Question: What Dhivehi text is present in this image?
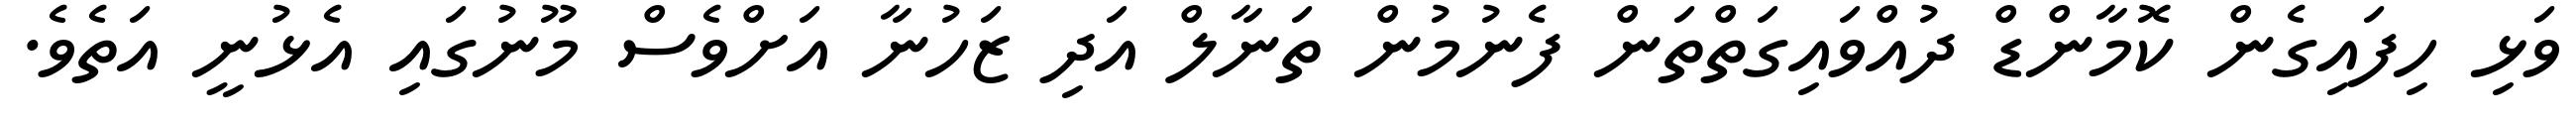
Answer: ވަޅި ހިފައިގެން ކޮމާންޑް ދުއްވައިގަތްތަން ފެނުމުން ތަނާލް އަދި ޒަހުނާ އަށްވެސް މޫނުގައި އެޅުނީ އަތެވެ.